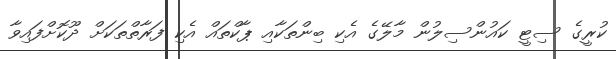
ކުރީގެ ސިޓީ ކައުންސިލުން މާލޭގެ އެކި ބިންތަކާއި ޕާކްތައް އެކި ފަރާތްތަކަށް ދޫކޮށްފައިވާ